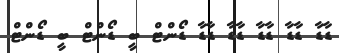
ޑާޑާ ޑާޑާ ޑާޑާ ޑާޑާ ޑާޑާ ޑޯންޓް ބީ ޑޯންޓް ބީ ޑޯންޓް